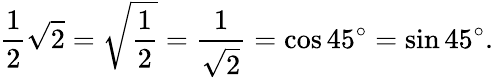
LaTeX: {\frac{1}{2}}{\sqrt{2}}={\sqrt{\frac{1}{2}}}={\frac{1}{\sqrt{2}}}=\cos 45^{\circ}=\sin 45^{\circ}.